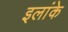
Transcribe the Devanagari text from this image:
इलांके